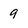
Character: 9